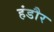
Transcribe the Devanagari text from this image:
हंडौर